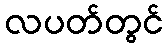
လပတ်တွင်